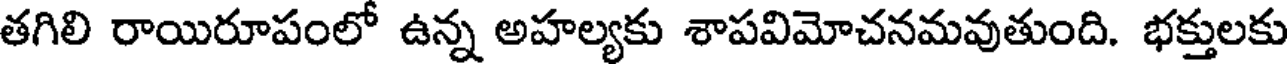
తగిలి రాయిరూపంలో ఉన్న అహల్యకు శాపవిమోచనమవుతుంది. భక్తులకు